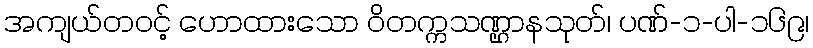
အကျယ်တဝင့် ဟောထားသော ဝိတက္ကသဏ္ဌာနသုတ်၊ ပဏ်-၁-ပါ-၁၆၉၊